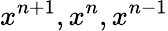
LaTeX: x^{n+1},x^{n},x^{n-1}